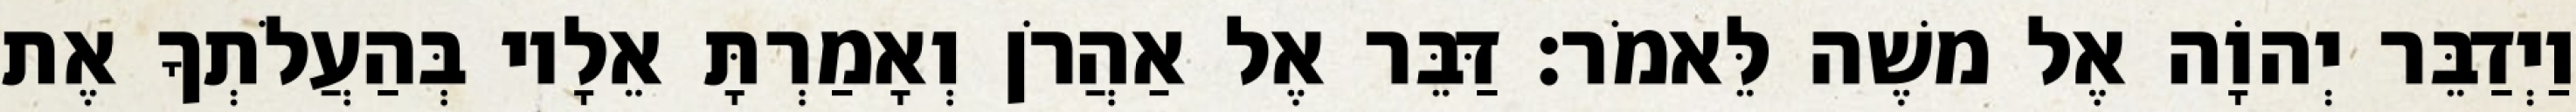
וַיְדַבֵּר יְהוָֹה אֶל משֶׁה לֵּאמֹר׃ דַּבֵּר אֶל אַהֲרֹן וְאָמַרְתָּ אֵלָיו בְּהַעֲלֹתְךָ אֶת